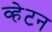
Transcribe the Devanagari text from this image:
व्हेटन